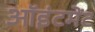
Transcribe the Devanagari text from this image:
ऑइंटमेंट